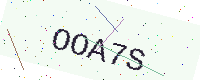
Text: OOA7S